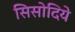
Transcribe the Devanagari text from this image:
सिसोदिये